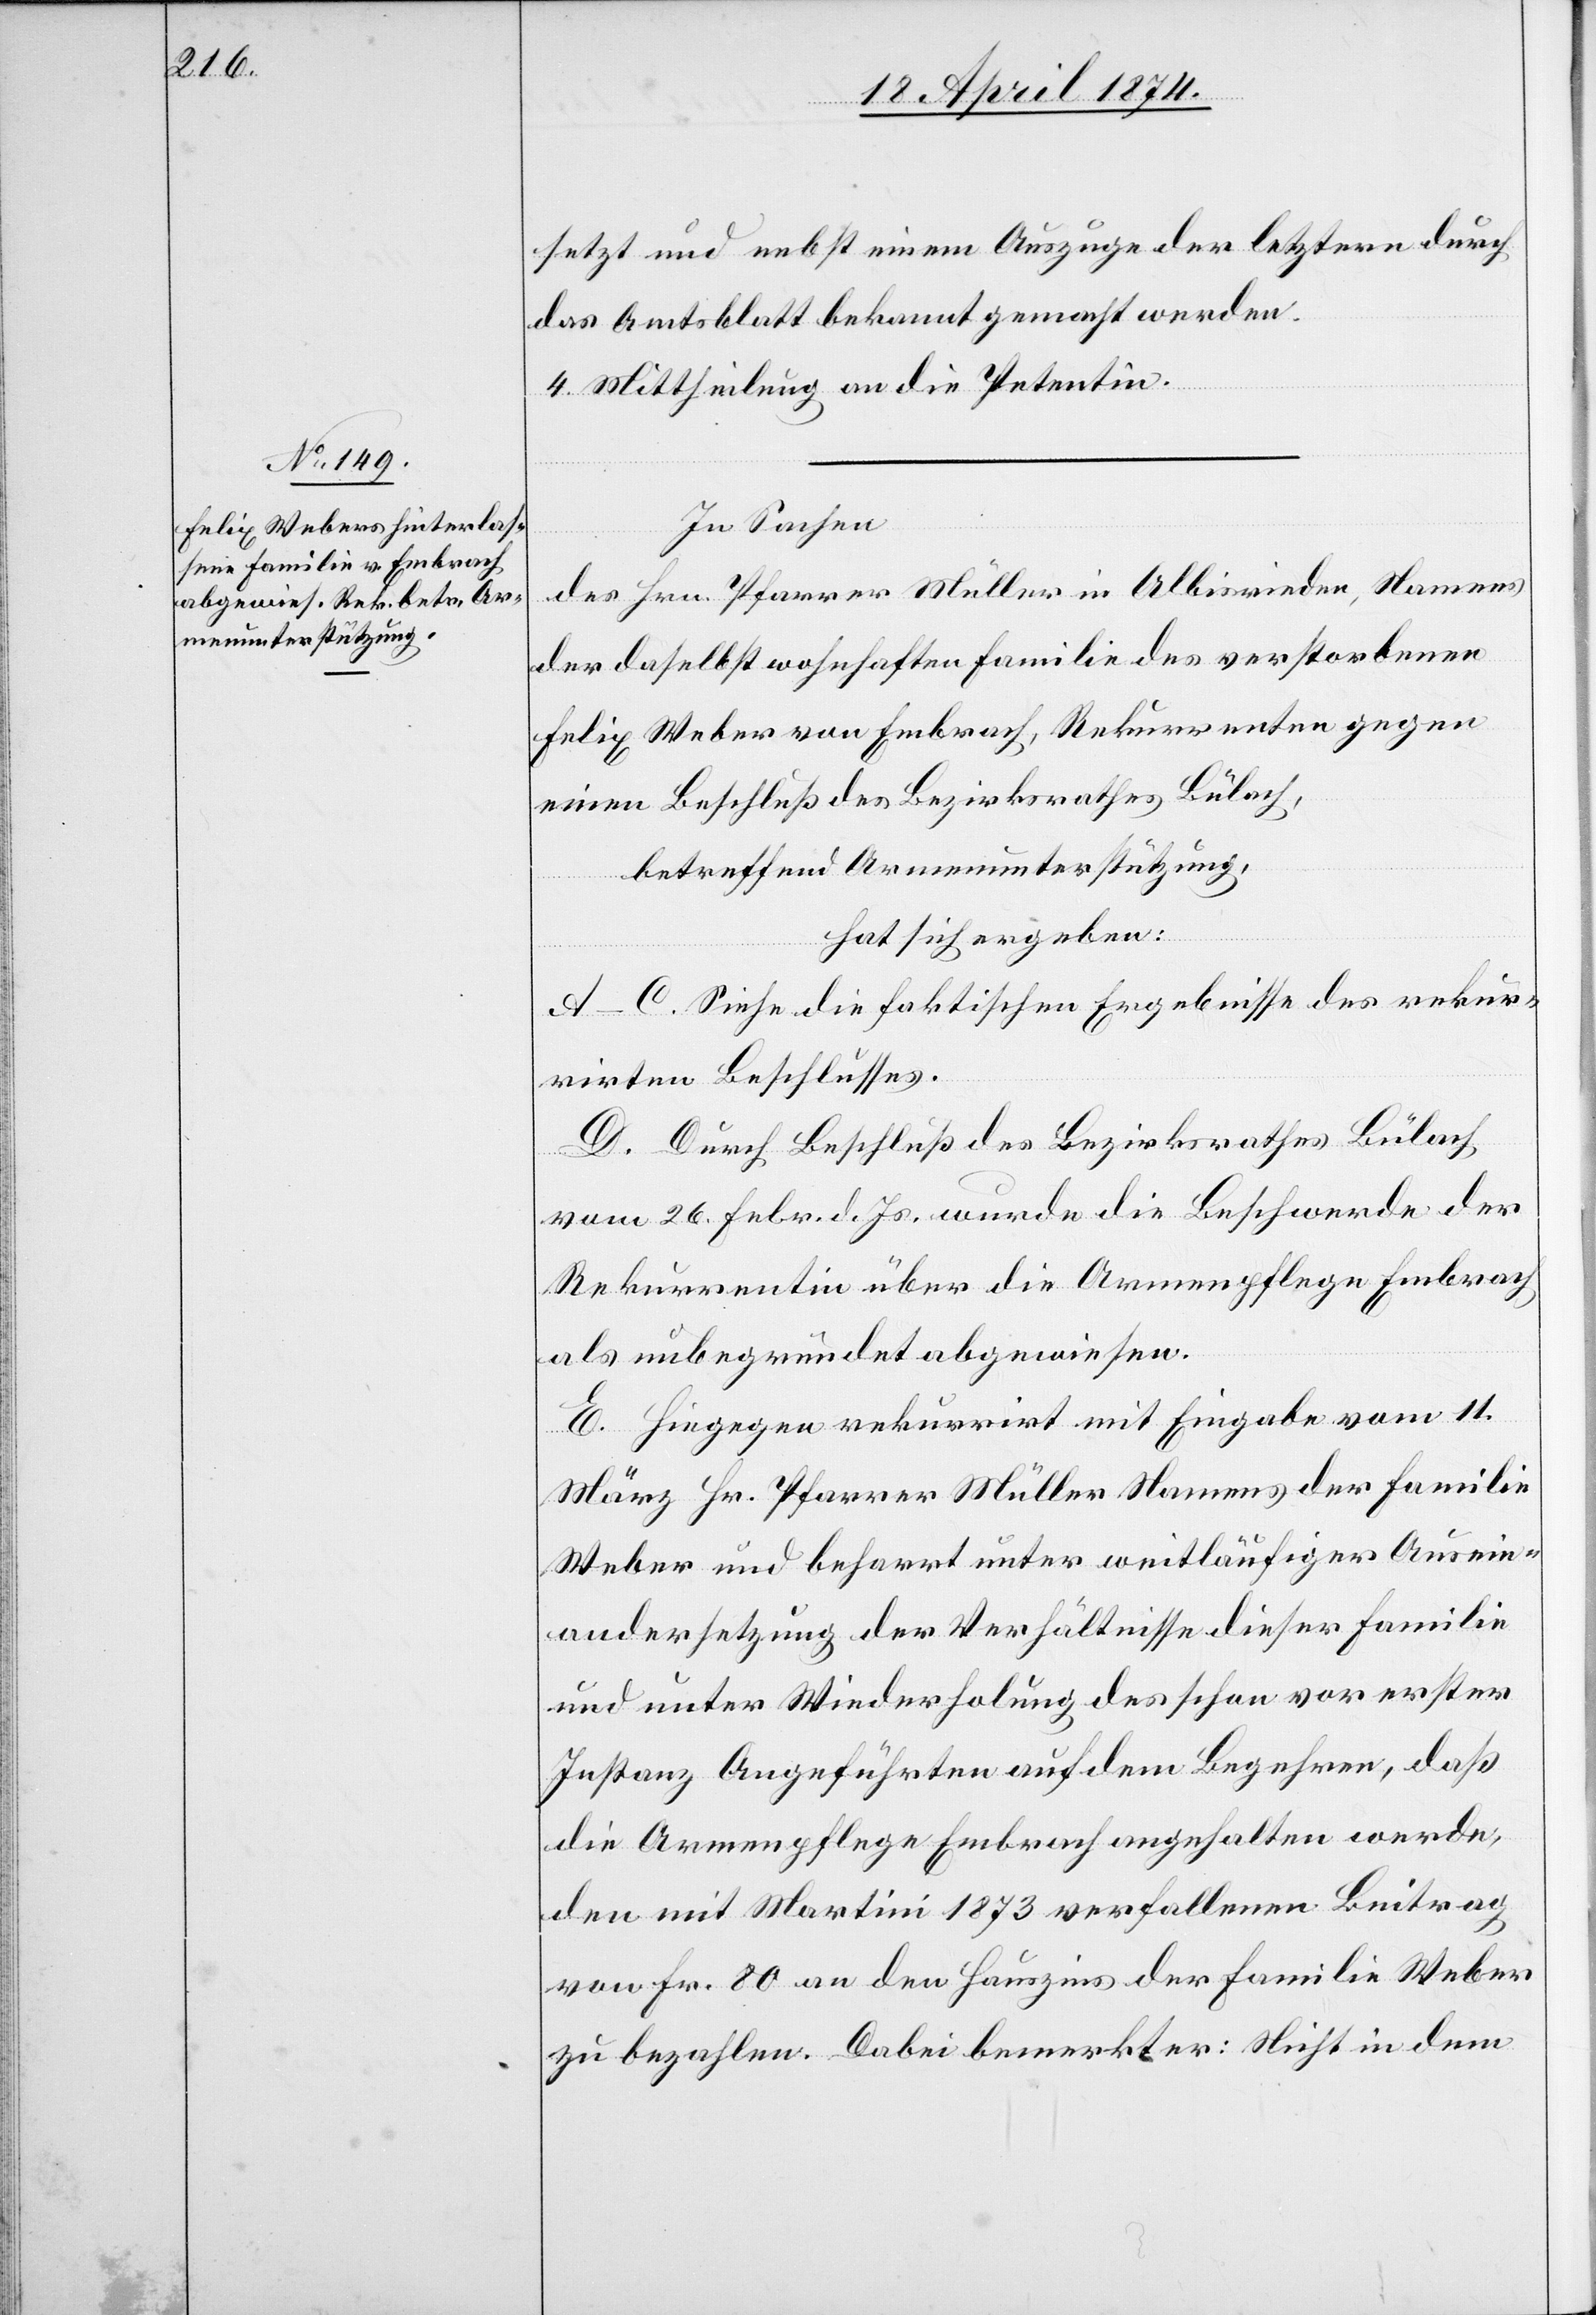
setzt und nebst einem Auszuge der letztern durch
das Amtsblatt bekannt gemacht werden.
4. Mittheilung an die Petentin.
In Sachen
des Hrn. Pfarrer Müller in Albisrieden, Namens
der daselbst wohnhaften Familie des verstorbenen
Felix Weber von Embrach, Rekurrenten gegen
einen Beschluß des Bezirksrathes Bülach,
betreffend Armenunterstützung,
hat sich ergeben:
A–C. Siehe die faktischen Ergebnisse des rekur¬
rirten Beschlusses.
D. Durch Beschluß des Bezirksrathes Bülach
vom 26. Febr. d. Js. wurde die Beschwerde der
Rekurrentin über die Armenpflege Embrach
als unbegründet abgewiesen.
E. Hiegegen rekurrirt mit Eingabe vom 11.
März Hr. Pfarrer Müller Namens der Familie
Weber und beharrt unter weitläufiger Ausein¬
andersetzung der Verhältnisse dieser Familie
und unter Wiederholung des schon vor erster
Instanz Angeführten auf dem Begehren, daß
die Armenpflege Embrach angehalten werde,
den mit Martini 1873 verfallenen Beitrag
von Fr. 80 an den Hauszins der Familie Weber
zu bezahlen. Dabei bemerkt er: Nicht in dem